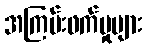
အကြမ်းဖက်မှုများ